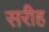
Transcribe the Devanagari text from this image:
सरीह